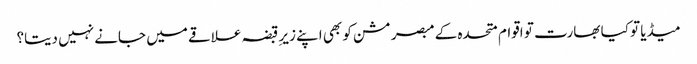
میڈیا تو کیا بھارت تو اقوام متحدہ کے مبصر مشن کو بھی اپنے زیرِ قبضہ علاقے میں جانے نہیں دیتا؟